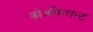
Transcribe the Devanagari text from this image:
कोअफिशन्ट